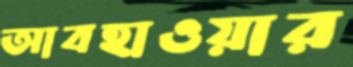
আবহাওয়ার